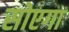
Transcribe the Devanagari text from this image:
सोएगा